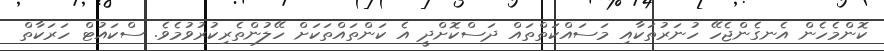
ކޮންމެހެން އެނގެންޖެހޭ ހުނަރުތަކާއި މަސައްކަތްތައް ދަސްކޮށްދީ އެ ކަންތައްތަކަށް ހޭލުންތެރިކުރުވުމެވެ. ސްކައުޓް ހަރަކާތް